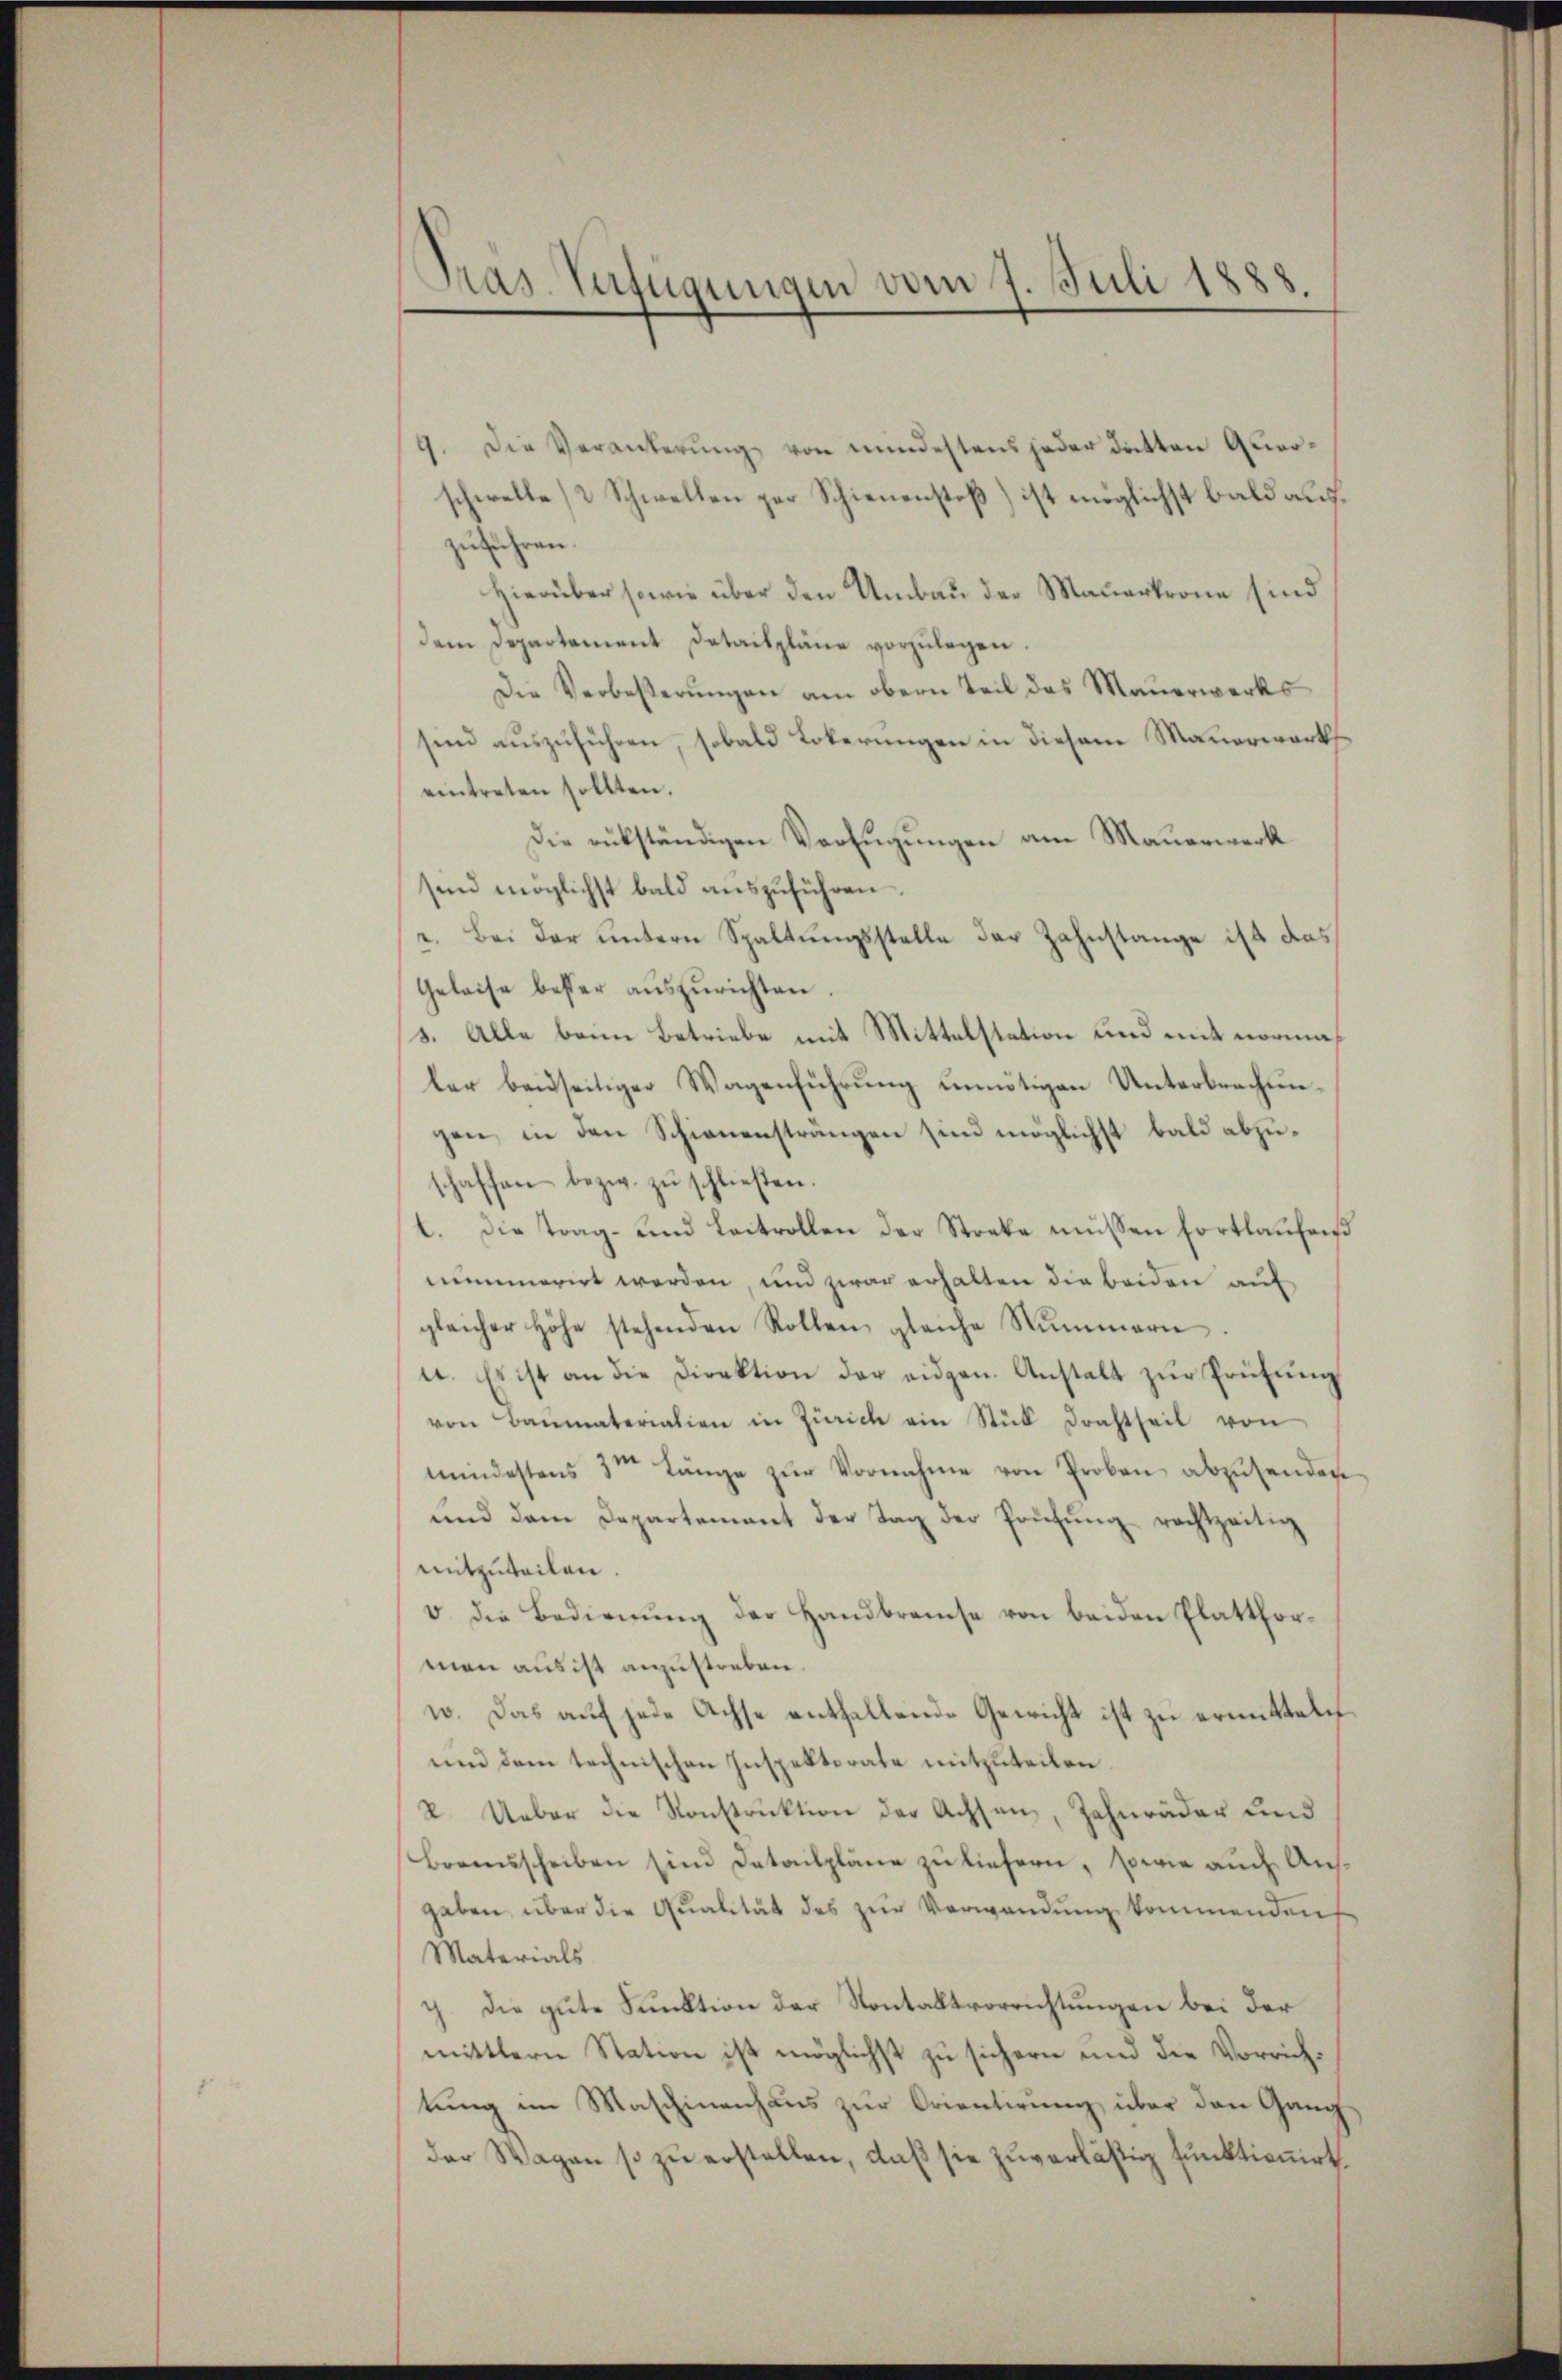
Tras-Verfügungen vom 7. Juli 1888.

9. Die Veränderŭng von mindestens jeder Datten Querschwelle 2 Schwellen zur Schienenstoß) ist möglichst bald aufzuführen.
Hierüber sowie über den Umbau der Mauerkrone sind
dem Departement Detailpläne vorzŭlegen.
Die Verbeßerungen am obern Teil des Mauerwerks
sind auszuführen, sobald Lokerungen in diesem Mauerwortseintreten sollten.
Die rükständigen Verfügungen am Mauerwerk
sind möglichst bald auszuführen.
2. Bei der untern Spaltungsstelle der Zahnstange ist das
Geleise bester auszurichten
s. Alle beim Betriebe mit Mittelstation und mit normaler beidseitiger Wagenführung unnötigen Unterbrechungen, in den Schienensträngen sind möglichst bald abzuschaffen bezw. zŭ schließen.
t. Die Trag- und Laitrollen der Streke müssen fortlaŭfend
mummerirt werden, und zwar erhalten die beiden auf
gleicher Höhe stehenden Rollen, gleiche Nummern
a. Es ist an die Direktion der eidgen. Anstalt zŭr Prüfung
von Baumaterialien in Zürich ein Stück Drahtheil von
mndestens 3te Länge zŭr Vornahme von Proben abzŭsenden.
und dem Departement der Tag der Prüfŭng rechtzeitig
mitzuteilen
v. die Bedienŭng der Handbrauche von beiden Platthor-
man aus ist anzustreben.
w. Das auf jede Achse entfallende Gewicht ist zu ermitteln
und dem technischen Inspektorate mitzuteilen
2. Ueber die Konstruktion der Achsen, Zahnräder und
Boensscheiben sind Detailpläne zu liefern, sowie auch Ausgaben über die Qualität des zŭr Verwendung kommendenf
Materials
7. Die gute Funktion der Sontaktvorrichtungen bei der
mittlern Station ist möglichst zu sichern und die Vorrichtung im Maschinenhaus zur Orientirung über den Gang
der Wagen so zu erstellen, daß sie zuverläßig funktionirt